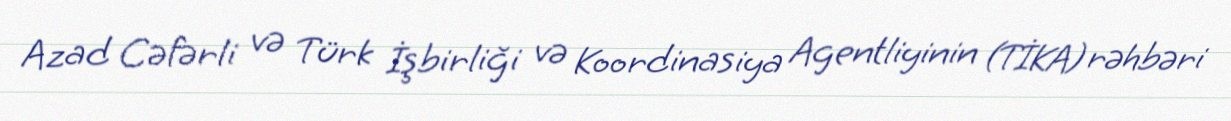
Azad Cəfərli və Türk İşbirliği və Koordinasiya Agentliyinin (TİKA) rəhbəri